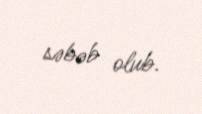
səbəb olub.